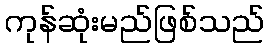
ကုန်ဆုံးမည်ဖြစ်သည်